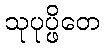
သုပုပ္ဖိတေ